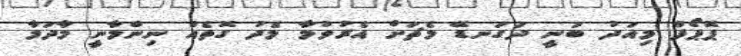
ޕޮޕޯފް މިއަދު ބުނީ ދަގަނޑޭ މެޗަށް އެރުވުމާ މެދު ގޮތެއް ނިންމާނީ މާދަމާ